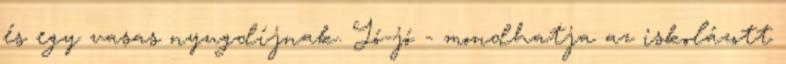
és egy vasas nyugdíjnak. Jó-jó - mondhatja az iskolázott